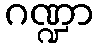
ဂဏ္ဍာ